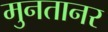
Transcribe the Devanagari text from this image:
मुनतानर